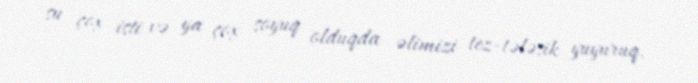
su çox isti və ya çox soyuq olduqda əlimizi tez-tələsik yuyuruq.